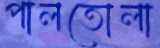
পালতোলা